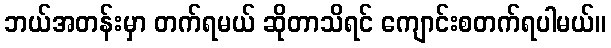
ဘယ်အတန်းမှာ တက်ရမယ် ဆိုတာသိရင် ကျောင်းစတက်ရပါမယ်။